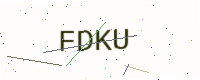
Text: FDKU